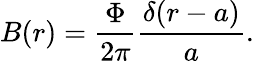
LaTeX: B(r)=\displaystyle\frac{\Phi}{2\pi}\displaystyle\frac{\delta(r-a)}{a}.